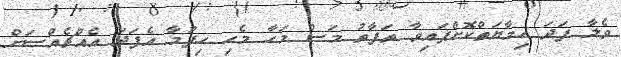
ވެލާ ފަދަ ހިމާޔަތްކޮށްފައިވާ ތަފާތު މަސް މަހާ މެހި ހިފުމާ އެފަދަ އެއްޗެއްސަށް